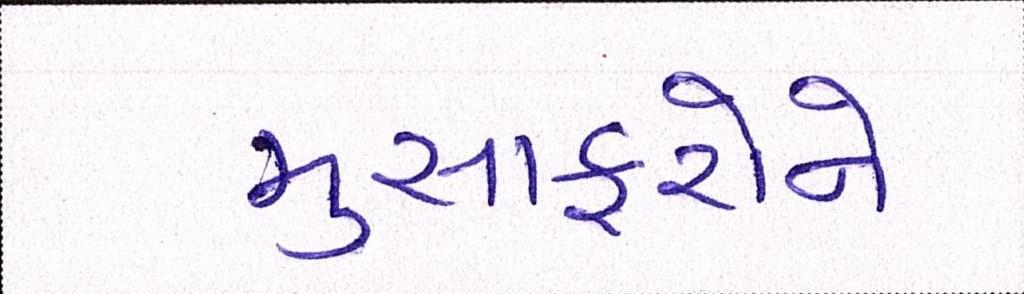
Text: મુસાફરોને